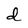
Character: d